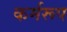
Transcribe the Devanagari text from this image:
कर्मरूप